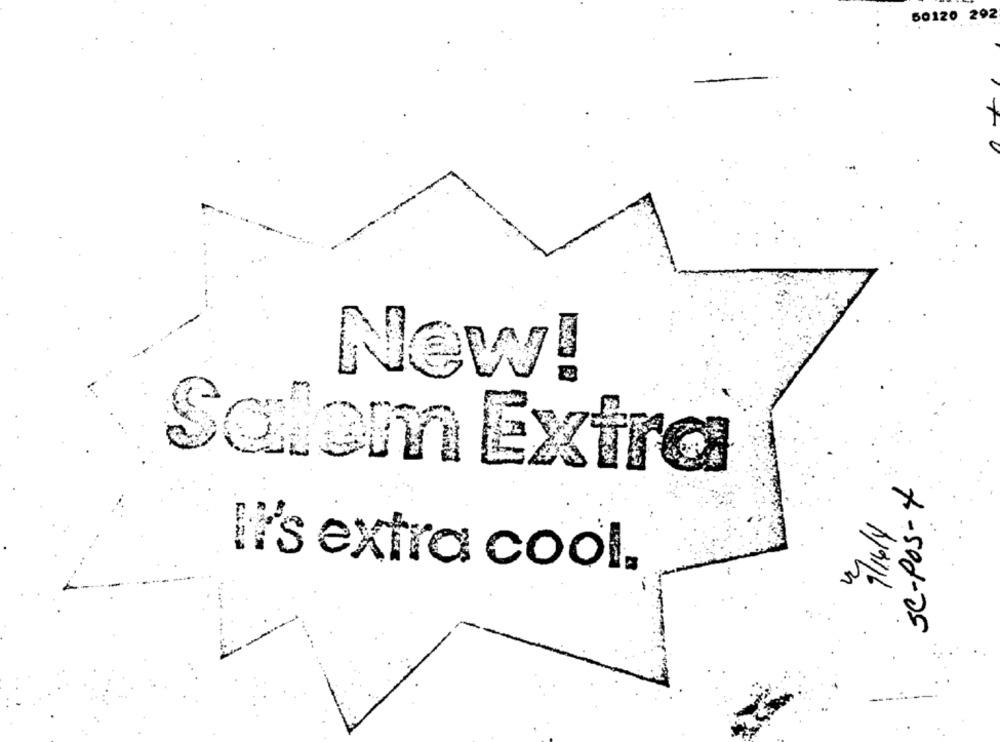
50120 292
New!
Salom Extra
SC-Pos-X
Ii's extra cool.
3
1/916